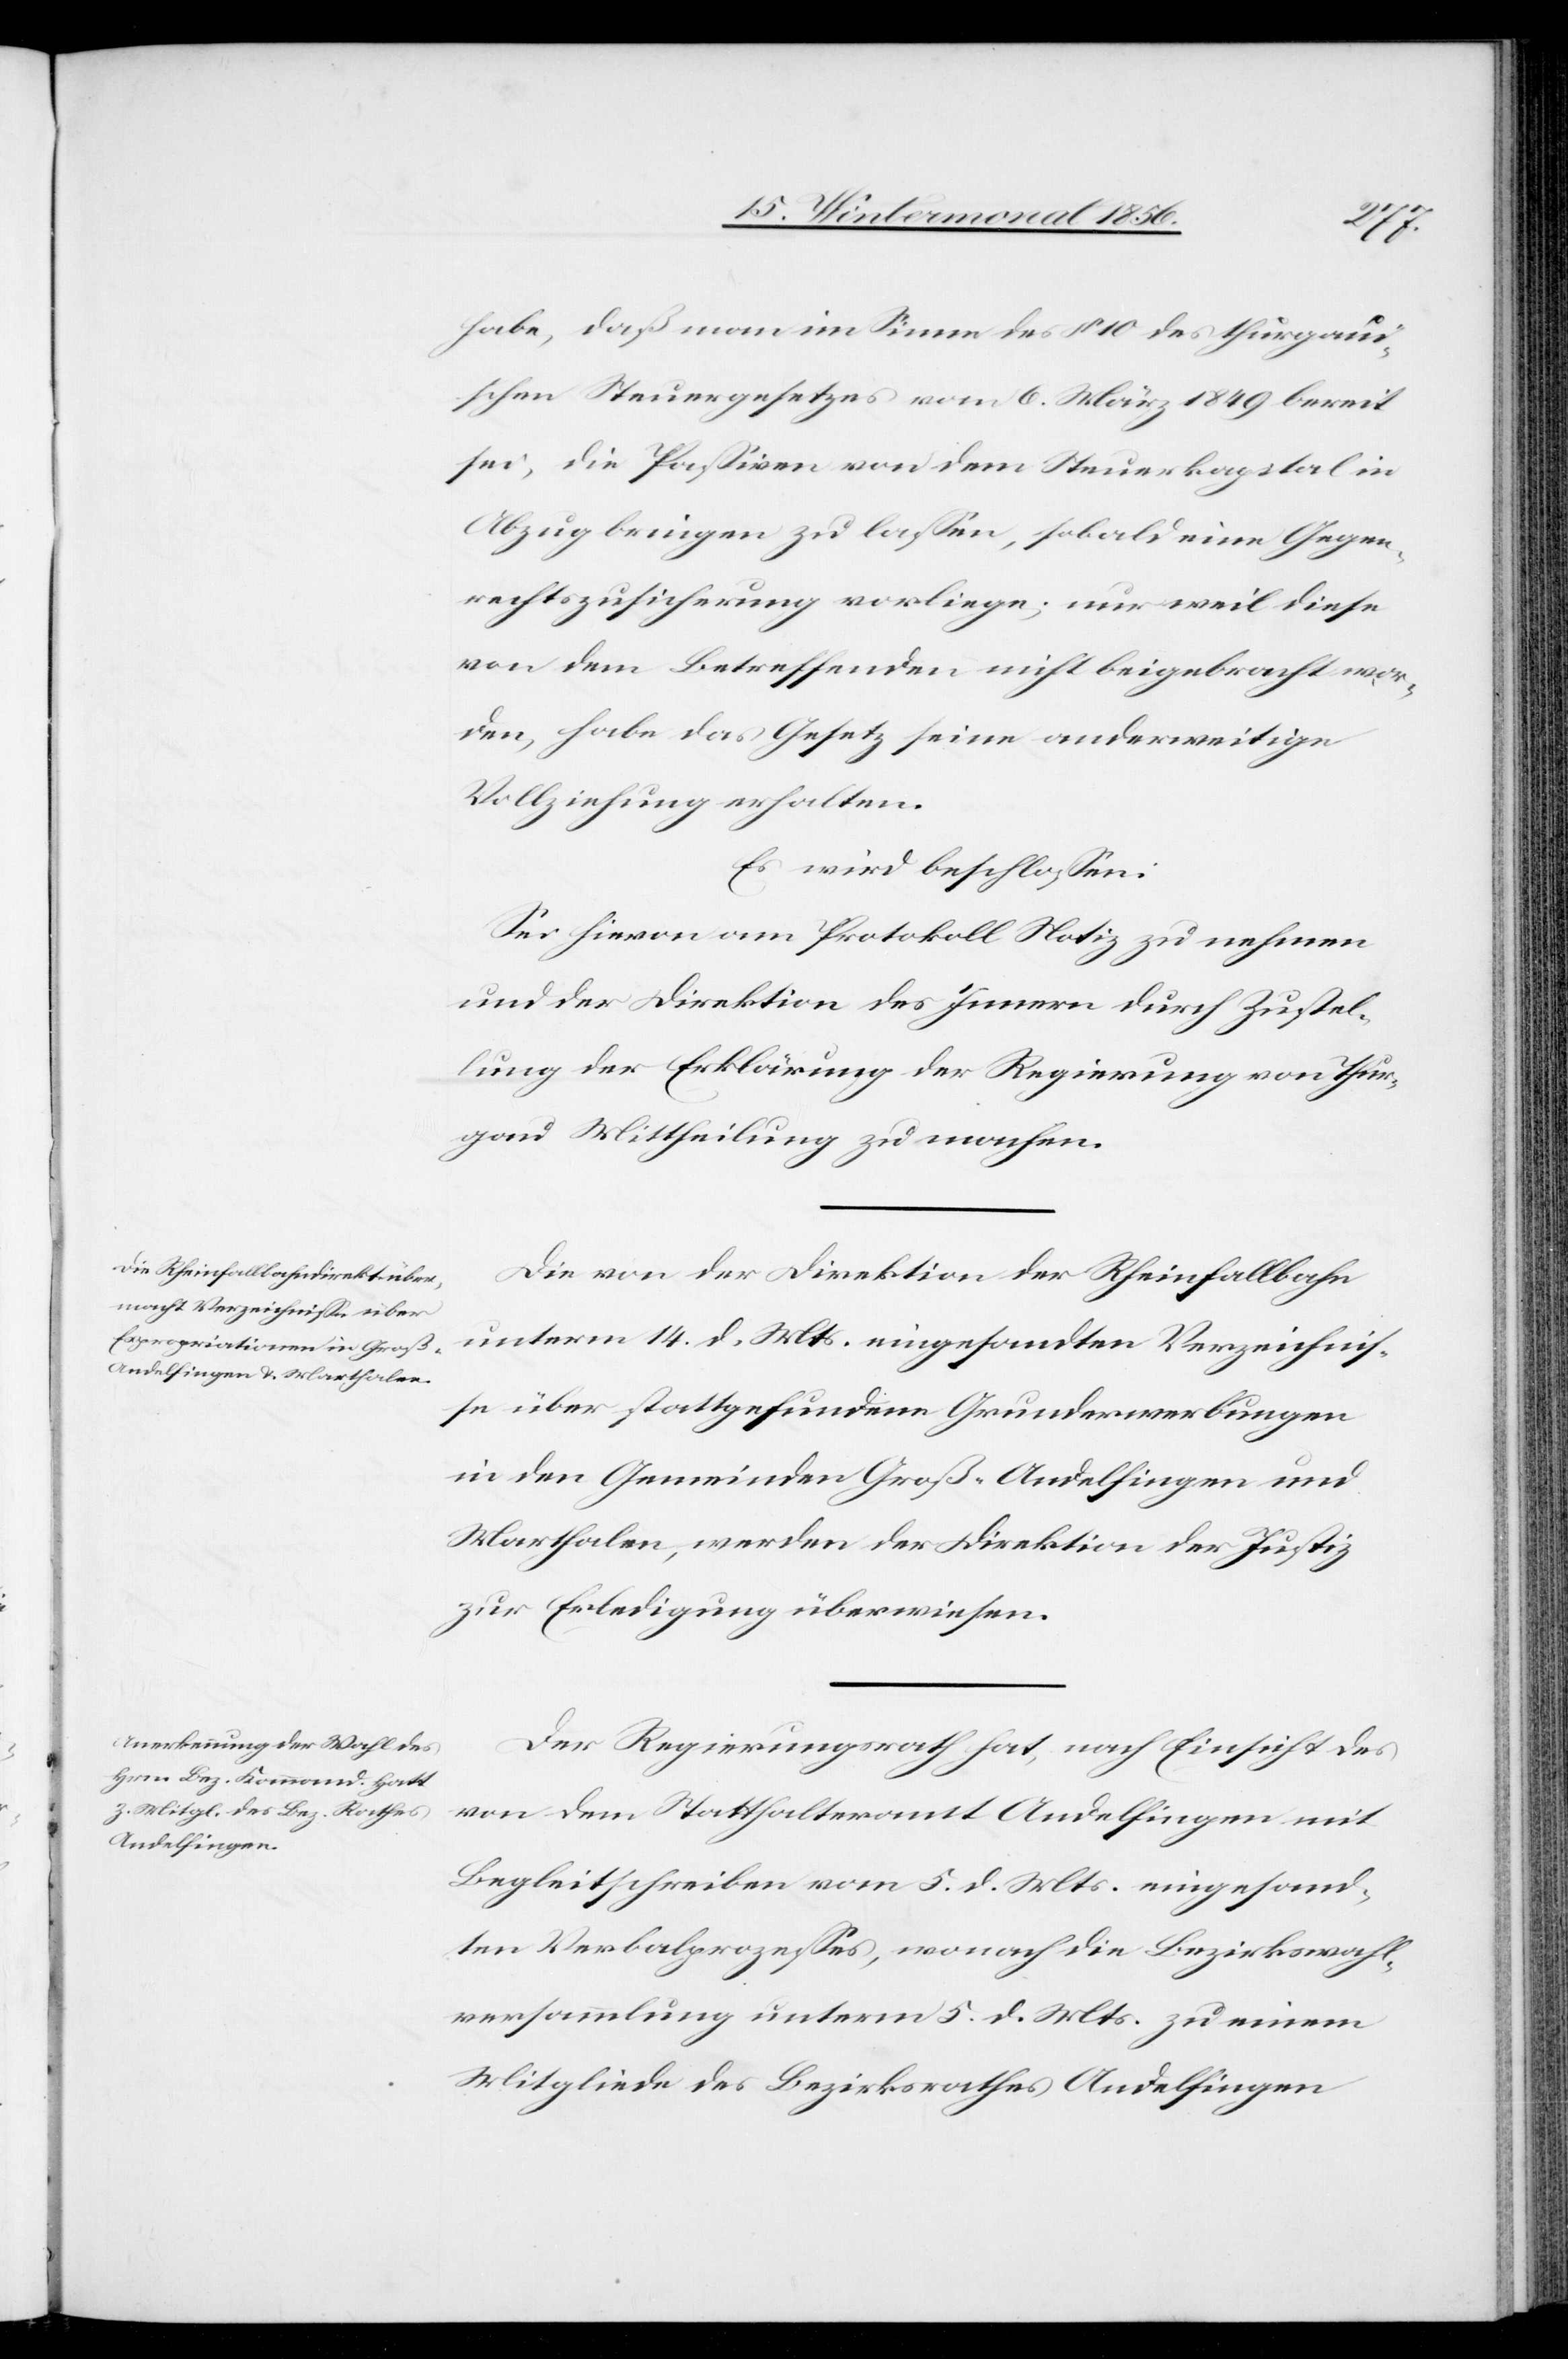
habe, daß im Sinne des § 10 des thurgaui¬
schen Steuergesetzes vom 6. März 1849 bereit
sei, die Passiven von dem Steuerkapital in
Abzug bringen zu lassen, sobald eine Gegen¬
rechtszusicherung vorliege; nur weil diese
von dem Betreffenden nicht beigebracht wor¬
den, habe das Gesetz seine anderweitige
Vollziehung erhalten.
Es wird beschlossen:
Sei hievon am Protokoll Notiz zu nehmen
und der Direktion des Innern durch Zustel¬
lung der Erklärung der Regierung von Thur¬
gau Mittheilung zu machen.
Die von der Direktion der Rheinfallbahn
unterm 14. d. Mts. eingesandten Verzeichnis¬
se über stattgefundene Grunderwerbungen
in den Gemeinden Groß-Andelfingen und
Marthalen, werden der Direktion der Justiz
zur Erledigung überwiesen.
Der Regierungsrath hat, nach Einsicht des
von dem Statthalteramt Andelfingen mit
Begleitschreiben vom 5. d. Mts. eingesand¬
ten Verbalprozesses, wonach die Bezirkswahl¬
versammlung unterm 5. d. Mts. zu einem
Mitgliede des Bezirksrath Andelfingen